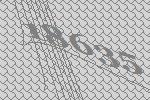
18635